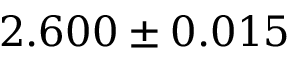
2 . 6 0 0 \pm 0 . 0 1 5